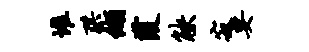
堆珙缬葭觖寂要